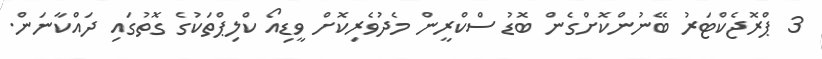
3 ޕްރޮޖެކްޓަރު ބޭނުންކޮށްގެން ބޮޑު ސްކްރީން މެދުވެރިކޮށް ވީޑިއޯ ކްލިޕްތަކުގެ ގޮތުގައި ދައްކާނަން.